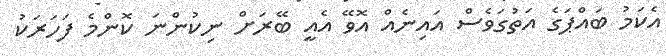
އެކަމު ބައްޕަގެ އަތުގަވެސް އައިނެއް އޮވޭ އެއީ ބޭރަށް ނިކުންނަ ކޮންމެ ފަހަރަކު